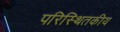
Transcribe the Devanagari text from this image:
परिस्थितकीय